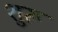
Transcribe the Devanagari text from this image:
शुरू